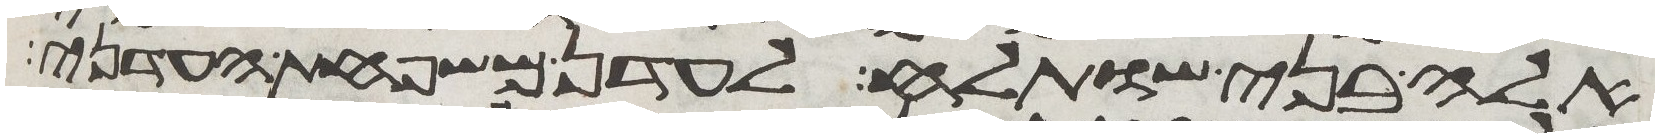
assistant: אלה בני שותלח לעדן משפחת העדני